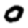
Digit: 0